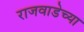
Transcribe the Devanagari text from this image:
राजवाडेच्या